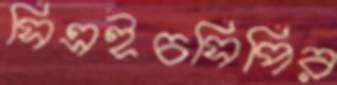
সিএইচসিপির